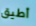
أطيق